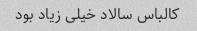
کالباس سالاد خیلی زیاد بود